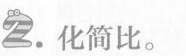
2.化简比。